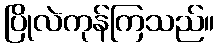
ပြိုလဲကုန်ကြသည်။